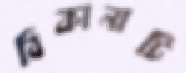
ঠিকানাটি